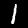
Digit: 1